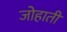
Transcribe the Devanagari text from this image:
जोहाती